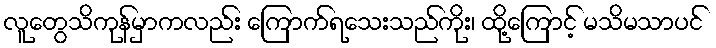
လူတွေသိကုန်မှာကလည်း ကြောက်ရသေးသည်ကိုး၊ ထို့ကြောင့် မသိမသာပင်